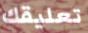
تعليقك